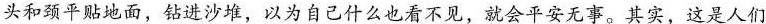
头和颈平贴地面，钻进沙堆，以为自己什么也看不见，就会平安无事。其实，这是人们